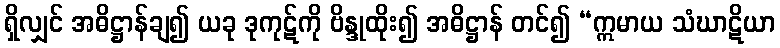
ရှိလျှင် အဓိဋ္ဌာန်ချ၍ ယခု ဒုကုဋ်ကို ဗိန္ဒုထိုး၍ အဓိဋ္ဌာန် တင်၍ “ဣမာယ သံဃာဋိယာ